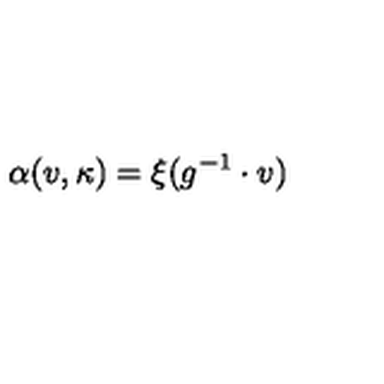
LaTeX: \alpha ( v , \kappa ) = \xi ( g ^ { - 1 } \cdot v )